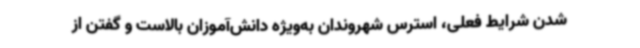
شدن شرایط فعلی، استرس شهروندان به‌ویژه دانش‌آموزان بالاست و گفتن از